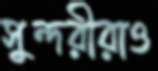
সুন্দরীরাও